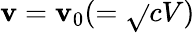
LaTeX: \mathbf{v}=\mathbf{v}_{0}(=\sqrt{}{{cV}})